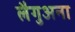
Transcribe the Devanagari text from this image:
लैगुअना